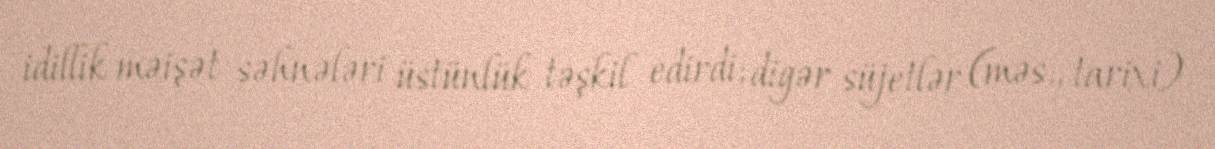
idillik məişət səhnələri üstünlük təşkil edirdi; digər süjetlər (məs., tarixi)